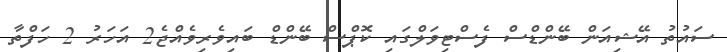
ސައުތު އޭޝިއަން ބޭންޑްސް ފެސްޓިވަލްގައި ކޮޕްސް ބޭންޑް ބައިވެރިވެއްޖެ2 އަހަރު 2 ހަފްތާ